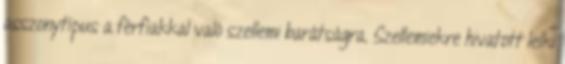
asszonytípus a férfiakkal való szellemi barátságra. Szellemiekre hivatott lelki